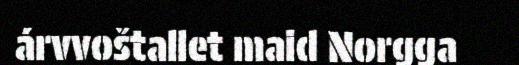
árvvoštallet maid Norgga